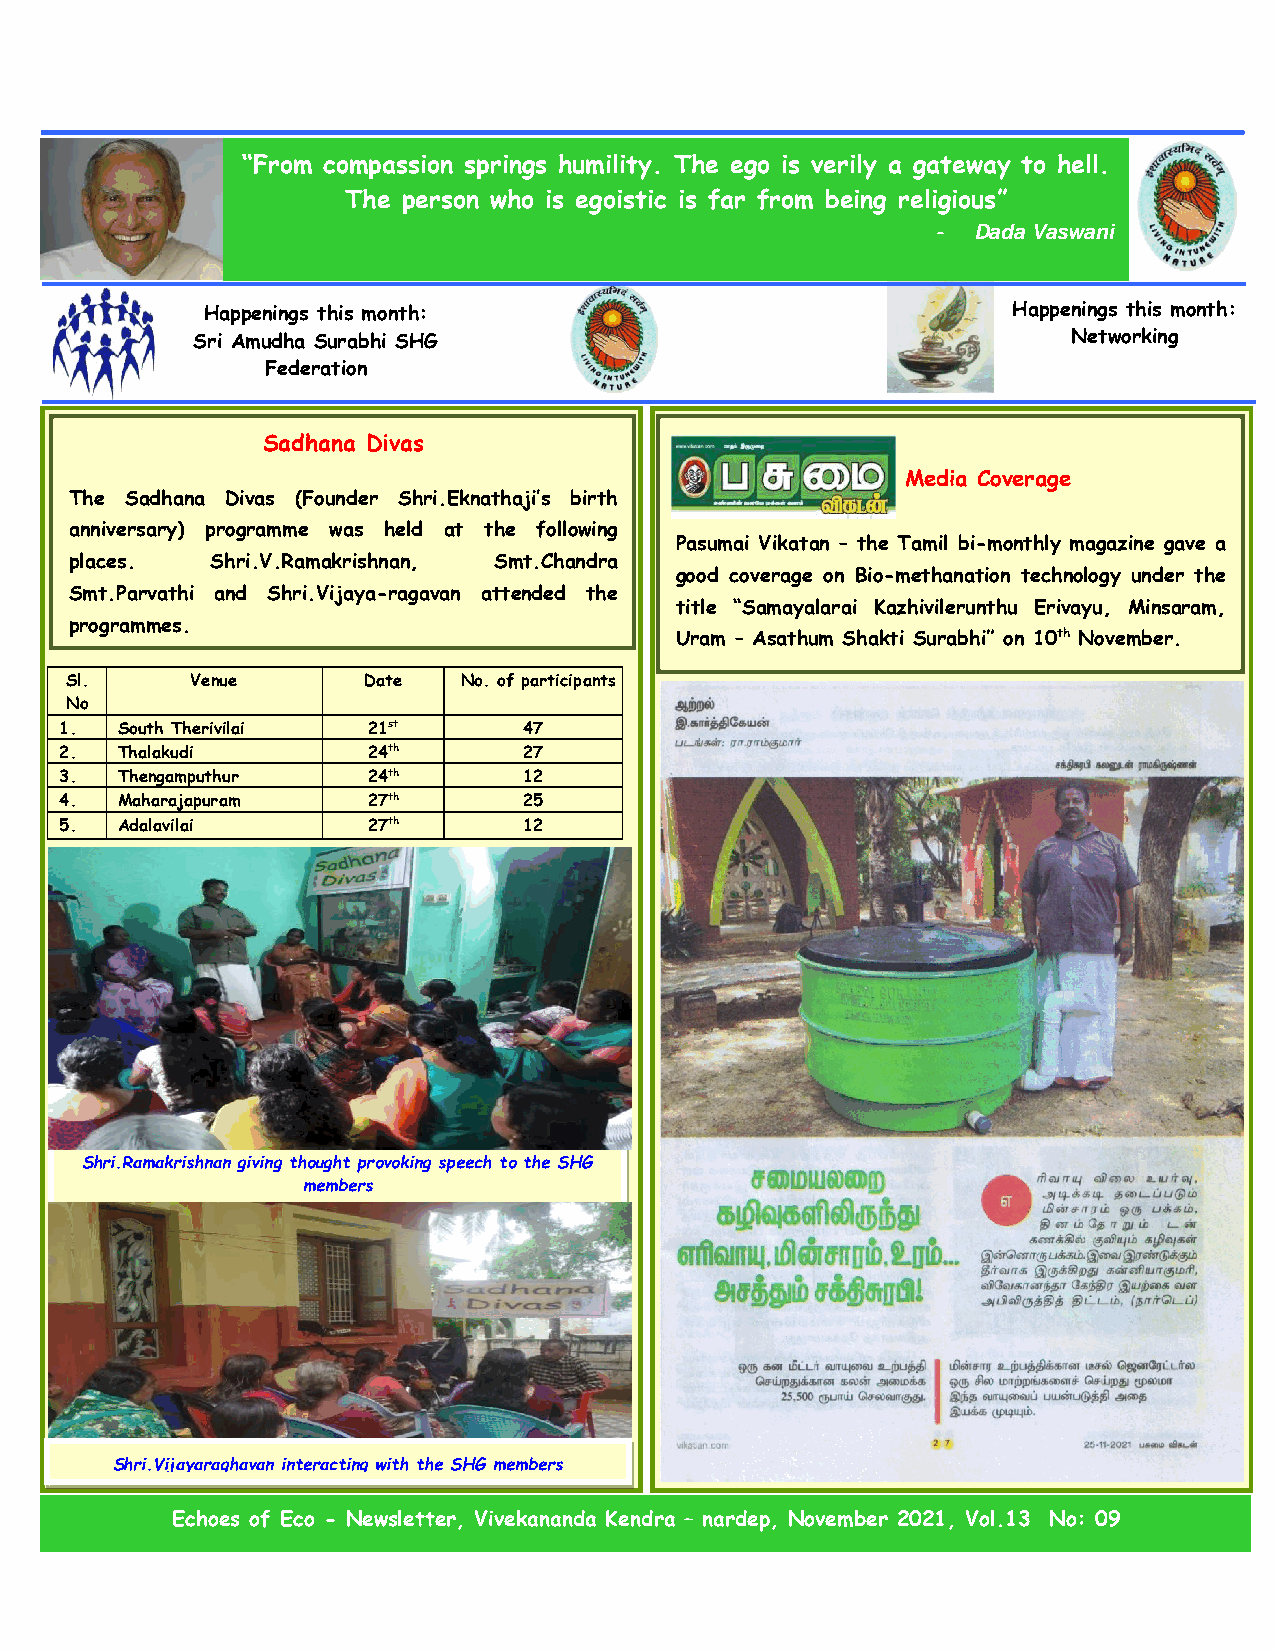
“From compassion springs humility. The ego is verily a gateway to hell.
 The person who is egoistic is far from being religious”
 - Dada Vaswani
 Happenings this month:                                Happenings this month:
 S ri Amudha Surabhi SHG                                   Networking
 Federation
 Sadhana Divas
 Media Coverage
 The Sadhana Divas (Founder Shri.Eknathaji’s birth
 anniversary) programme was held at the following
 Pasumai Vikatan – the Tamil bi-monthly magazine gave a
 places.  Shri.V.Ramakrishnan, Smt.Chandra
 good coverage on Bio-methanation technology under the
 Smt.Parvath i and Shri.Vijaya-ragavan attended the
 title “Samayalarai Kazhivilerunthu Erivayu, Minsaram,
 programmes.
 Uram – Asathum Shakti Surabhi” on 10th November.
 Sl.      Venue      Date  No. of participants
 No
 1.  South Therivilai 21st      47
 2.  Thalakudi       24th       27
 3.  Thengamputhur   24th       12
 4.  Maharajapuram   27th       25
 5.  Adalavila i     27th       12
 Shri.Ramakris hnan giving thought provoking speech to the SHG
 members
 Shri.Vijayaraghavan interacting with the SHG members
 Echoes of Eco - Newsletter, Vivekananda Kendra – nardep, November 2021, Vol.13 No: 09